Statistical return of the lunatic asylum in Assam - 1912-1932
Year: 1912
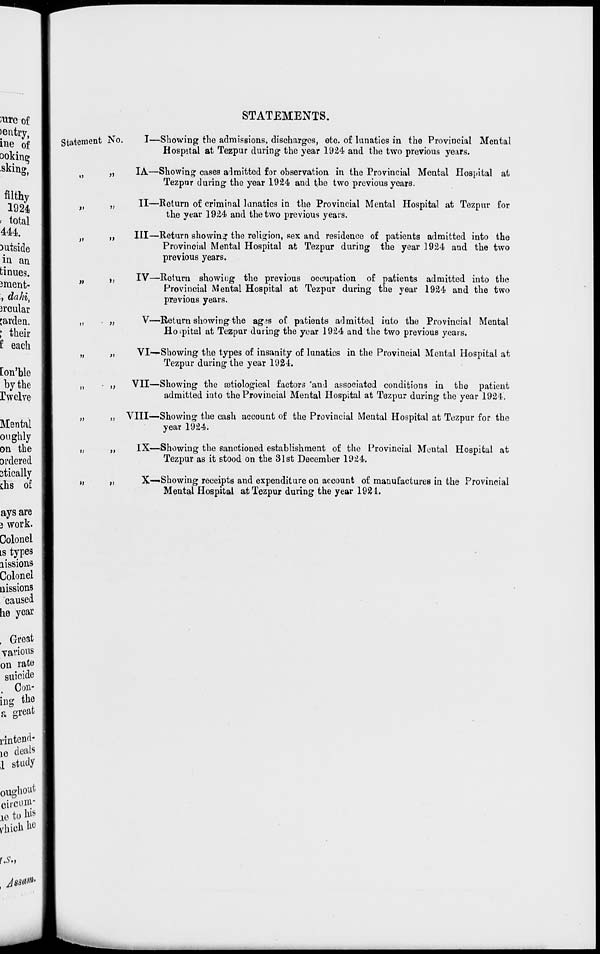
STATEMENTS.
Statement No.
>»
n
»
»
)>
t>
»
»
u
))
>>
I—Showing the admissions, discharges, etc. of lunatics in the Provincial Mental
Hospital at Tezpur during the year 1924 and the two previous years.
IA—Showing cases admitted for observation in the Provincial Mental Hospital at
Tezpur during the year 1924 and the two previous years.
II—Return of criminal lunatics in the Provincial Mental Hospital at Tezpur for
the year 1924 and the two previous years.
Ill—Return showing the religion, sex and residence of patients admitted into the
Provincial Mental Hospital at Tezpur during the year 1924 and the two
previous years.
IV—Return showing the previous occupation of patients admitted into the
Provincial Mental Hospital at Tezpur during the year 1924 and the two
previous years.
V—Return showing the ag?s of patients admitted into the Provincial Mental
Hospital at Tezpur during the year 1924 and the two previous years.
VI—Showing the types of insanity of lunatics in the Provincial Mental Hospital at
Tezpur during the year 1924.
VII—Showing the aetiological factors 'and associated conditions in the patient
admitted into the Provincial Mental Hospital at Tezpur during the year 1924.
VIII—Showing the cash account of the Provincial Mental Hospital at Tezpur for the
year 1924.
IX—Showing the sanctioned establishment of the Provincial Mental Hospital at
Tezpur as it stood on the 31st December 1924.
X—Showing receipts and expenditure on account of manufactures in the Provincial
Mental Hospital at Tezpur during the year 1924.